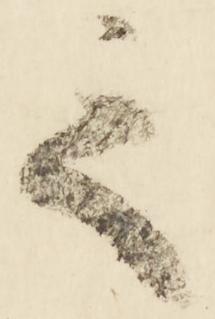
之